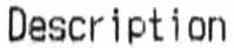
DESCRIPTION